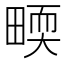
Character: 𤲬